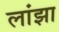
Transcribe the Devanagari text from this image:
लांझा